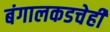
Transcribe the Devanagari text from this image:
बंगालकडचेही